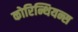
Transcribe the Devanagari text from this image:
कोरिन्थियन्स